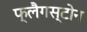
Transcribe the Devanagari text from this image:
फ्लैगस्टोन